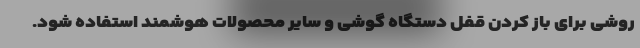
روشی برای باز کردن قفل دستگاه گوشی و سایر محصولات هوشمند استفاده شود.